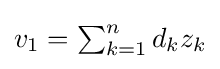
\textstyle v_{1}=\sum _{k=1}^{n}d_{k}z_{k}